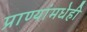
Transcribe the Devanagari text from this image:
प्राण्यांमधेही